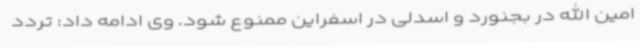
امین الله در بجنورد و اسدلی در اسفراین ممنوع شود. وی ادامه داد: تردد